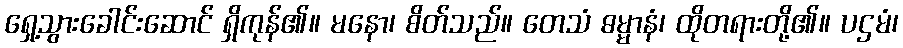
ရှေ့သွားခေါင်းဆောင် ရှိကုန်၏။ မနော၊ စိတ်သည်။ တေသံ ဓမ္မာနံ၊ ထိုတရားတို့၏။ ပဌမံ၊